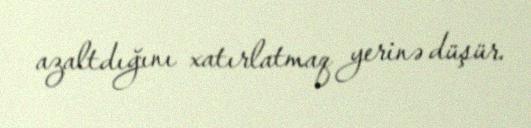
azaltdığını xatırlatmaq yerinə düşür.